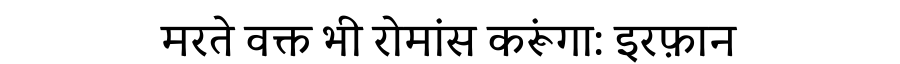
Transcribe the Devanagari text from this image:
मरते वक्त भी रोमांस करूंगा: इरफ़ान